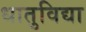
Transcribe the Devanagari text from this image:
धातुविद्या